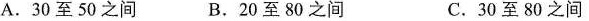
A.30至50之间 B.20至80之间 C.30至80之间